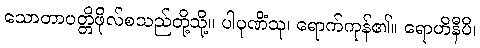
သောတာပတ္တိဖိုလ်စသည်တို့သို့။ ပါပုဏိံသု၊ ရောက်ကုန်၏။ ရောဟိနီပိ၊